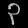
Digit: ၃